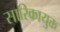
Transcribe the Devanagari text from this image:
सारिकायुक्त